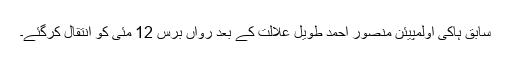
سابق ہاکی اولمپیئن منصور احمد طویل علالت کے بعد رواں برس 12 مئی کو انتقال کرگئے۔